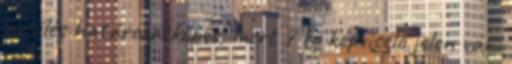
az ülés határozatképes, mert 7 fő képviselő jelen van.